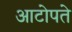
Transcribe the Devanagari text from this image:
आटोपते